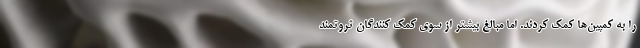
را به کمپین‌ها کمک کردند. اما مبالغ بیشتر از سوی کمک کنندگان ثروتمند